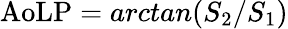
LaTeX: \mathrm{AoLP}=arctan(S_{2}/S_{1})